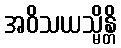
အဝိသယသ္မိန္တိ